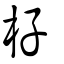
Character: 杍